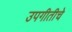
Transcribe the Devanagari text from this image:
उपगीतीचे